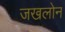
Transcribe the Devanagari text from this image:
जखलोन